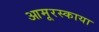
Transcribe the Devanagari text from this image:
आमूरस्काया